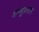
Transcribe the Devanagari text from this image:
शम्भूप्रसाद